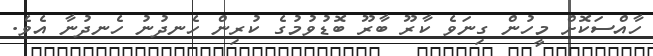
ހާއްސަކޮށް މީހުން ގިނަވެ ކާރޫ ބާރޫ ބޮޑުވުމުގެ ކުރިން ހެނދުނު ހެނދުނާ އެވެ.